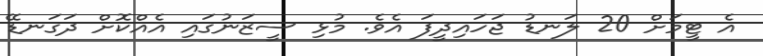
އެ ޓީމަށް 20 ލަނޑު ޖަހައިދީފަ އެވެ. މުޅި ސީޒަނުގައި އެއްކޮށް ދަގަނޑޭ